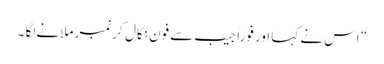
“ اس نے کہا اور فوراً جیب سے فون نکال کر نمبر ملانے لگا ۔